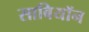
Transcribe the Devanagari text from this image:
साबियॉन